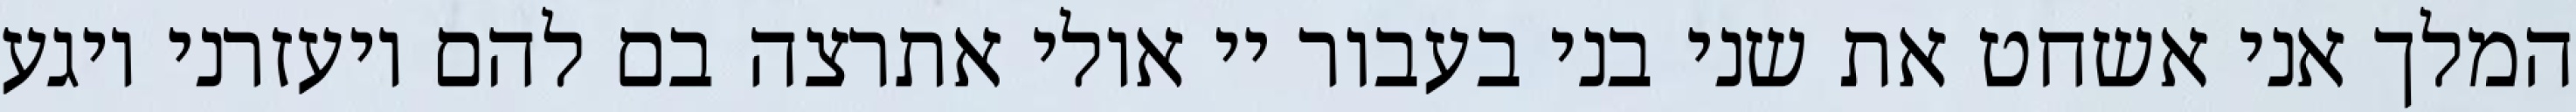
המלך אני אשחט את שני בני בעבור יי אולי אתרצה בם להם ויעזרני ויגע